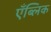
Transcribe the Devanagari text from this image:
एँब्लिक